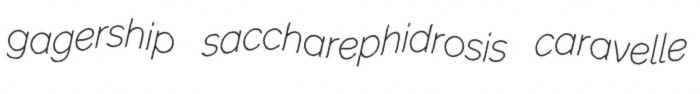
gagership saccharephidrosis caravelle